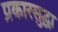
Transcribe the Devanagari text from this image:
प्रकारसुद्घा